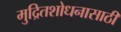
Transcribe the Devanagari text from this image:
मुद्रितशोधनासाठी